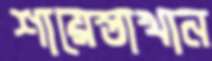
শায়েস্তাখান